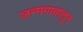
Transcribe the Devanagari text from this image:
जन्मगावातून